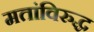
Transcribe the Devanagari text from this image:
मतांविरुद्ध